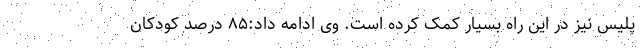
پلیس نیز در این راه بسیار کمک کرده است. وی ادامه داد:۸۵ درصد کودکان